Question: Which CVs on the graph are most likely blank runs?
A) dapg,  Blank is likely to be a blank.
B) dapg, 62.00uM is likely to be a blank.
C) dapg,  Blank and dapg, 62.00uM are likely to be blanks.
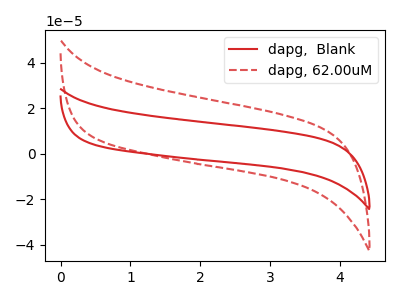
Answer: <think>The red curve "dapg,  Blank" has no peaks. The red dashed curve "dapg, 62.00uM" has no peaks.</think>
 <answer>C) "dapg,  Blank" and "dapg, 62.00uM" are likely to be blanks.</answer>
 <eval>C</eval>